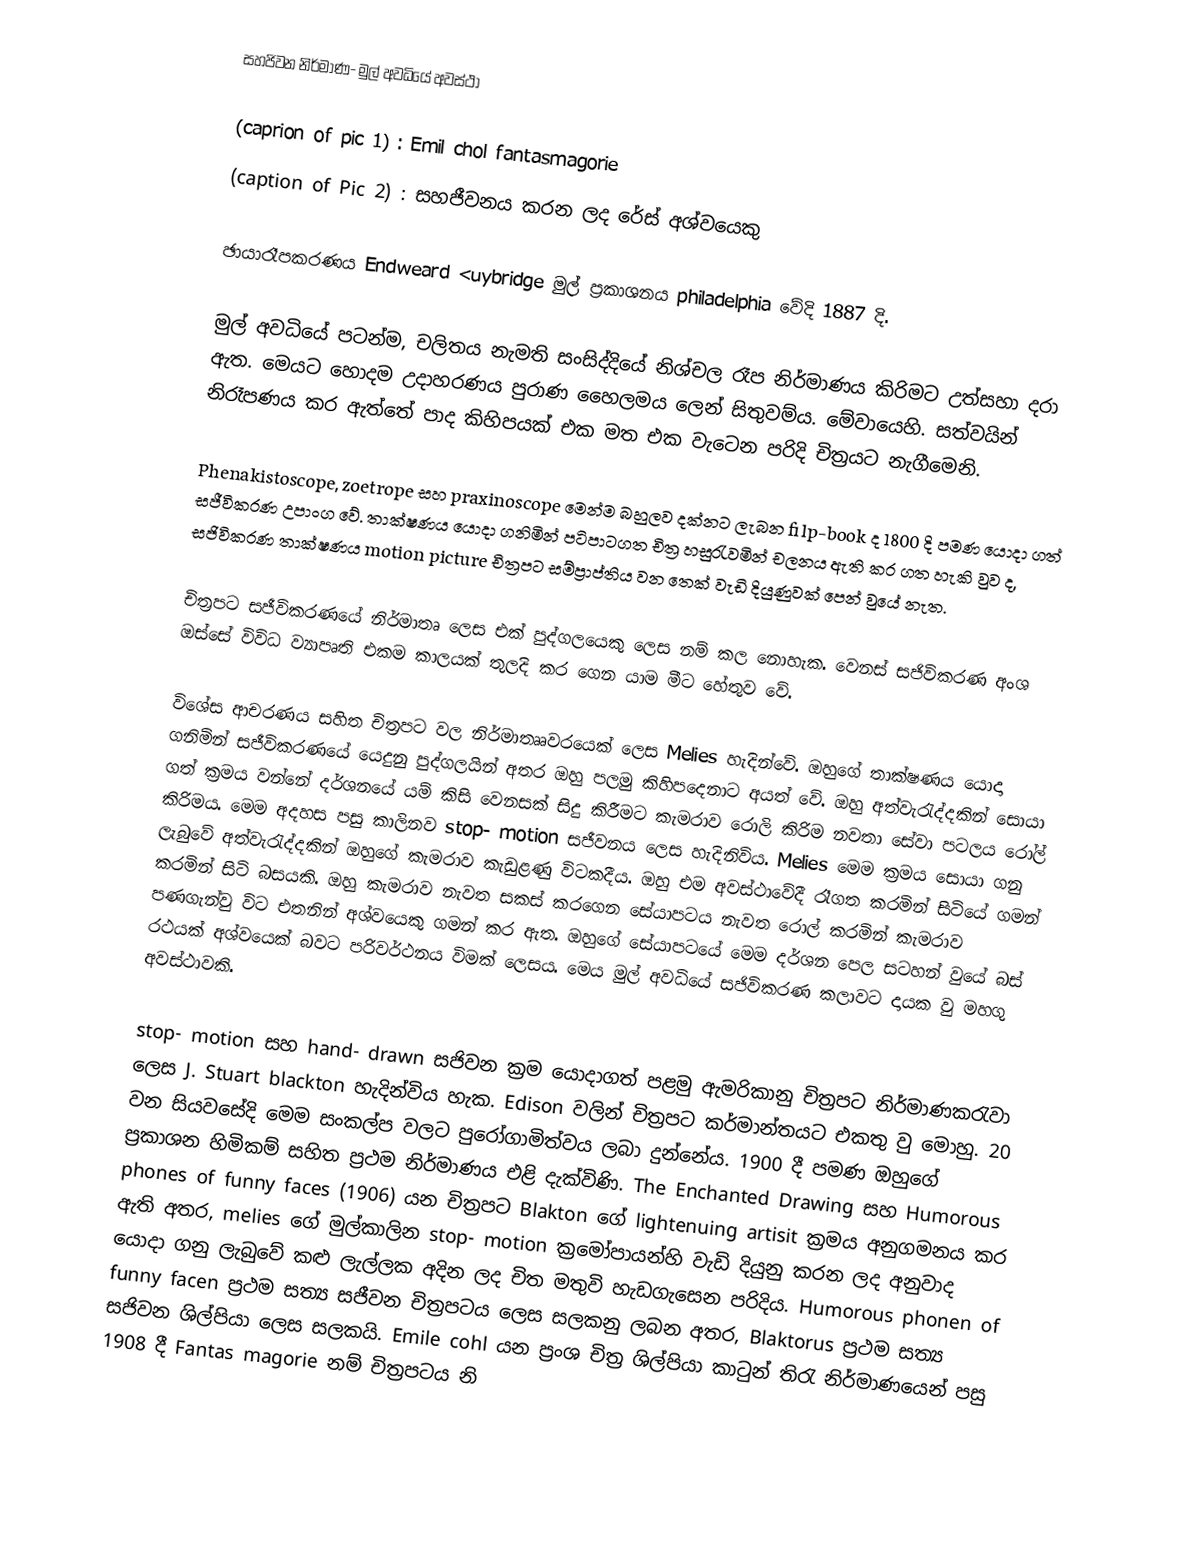
සහජිවන නිර්මාණ- මුල් අවධියේ අවස්ථා

(caprion of pic 1) : Emil chol fantasmagorie
(caption of Pic 2) : සහජීවනය කරන ලද රේස් අශ්වයෙකු

	ඡායාරෑපකරණය Endweard <uybridge  මුල් ප්‍රකාශනය  philadelphia  වේදි 1887 දි.

	මුල් අවධියේ පටන්ම, චලිතය නැමති සංසිද්දියේ නිශ්චල රෑප නිර්මාණය කිරිමට උත්සහා දරා ඇත. මෙයට හොදම උදාහරණය පුරාණ හෛලමය ලෙන් සිතුවම්ය. මේවායෙහි. සත්වයින් නිරෑපණය කර ඇත්තේ පාද කිහිපයක් එක මත එක වැටෙන පරිදි චිත්‍රයට නැගීමෙනි.

Phenakistoscope, zoetrope  සහ praxinoscope මෙන්ම බහුලව දක්නට ලැබන  filp-book  ද 1800 දි පමණ යොදා ගත් සජීවිකරණ උපාංග වේ. තාක්ෂණය යොදා ගනිමින් පටිපාටගත චිත්‍ර හසුරැවමින් චලනය ඇති කර ගත හැකි වුව ද, සජිවිකරණ තාක්ෂණය motion picture චිත්‍රපට සම්ප්‍රාප්තිය වන තෙක් වැඩි දියුණුවක් පෙන් වුයේ නැත.

චිත්‍රපට සජීවිකරණයේ නිර්මාතෘ ලෙස එක් පුද්ගලයෙකු ලෙස නම් කල නොහැක. වෙනස් සජිවිකරණ අංශ ඔස්සේ විවිධ ව්‍යාපෘති එකම කාලයක් තුලදි කර ගෙන යාම මීට හේතුව වේ.

විශේස ආචරණය සහිත චිත්‍රපට වල නිර්මාතෲවරයෙක් ලෙස Melies  හැදින්වේ. ඔහුගේ තාක්ෂණය යොදා ගනිමින් සජීවිකරණයේ යෙදුනු පුද්ගලයින් අතර ඔහු පලමු කිහිපදෙනාට අයත් වේ. ඔහු අත්වැරැද්දකින් සොයා ගත් ක්‍රමය වන්නේ දර්ශනයේ යම් කිසි වෙනසක් සිදු කිරීමට කැමරාව රොලි කිරිම නවතා සේවා පටලය රෝල් කිරිමය. මෙම අදහස පසු කාලිනව  stop- motion සජීවනය ලෙස හැදිනිවිය.  Melies මෙම ක්‍රමය සොයා ගනු ලැබුවේ අත්වැරැද්දකින් ඔහුගේ කැමරාව කැඩුළණු විටකදීය. ඔහු එම අවස්ථාවේදී රෑගත කරමින් සිටියේ ගමන් කරමින් සිටි බසයකි. ඔහු කැමරාව නැවත සකස් කරගෙන  සේයාපටය නැවත රොල් කරමින් කැමරාව පණගැන්වු විට එතනින් අශ්වයෙකු ගමන් කර ඇත. ඔහුගේ සේයාපටයේ මෙම දර්ශන පෙල සටහන් වුයේ බස් රථයක් අශ්වයෙක් බවට පරිවර්ථනය විමක් ලෙසය. මෙය මුල් අවධියේ සජිවිකරණ කලාවට දායක වු මහගු අවස්ථාවකි.

stop- motion සහ  hand- drawn  සජිවන ක්‍රම යොදාගත් පළමු ඇමරිකානු චිත්‍රපට නිර්මාණකරැවා ලෙස  J. Stuart blackton හැදින්විය හැක.  Edison වලින් චිත්‍රපට කර්මාන්තයට එකතු වු මොහු. 20 වන සියවසේදි මෙම සංකල්ප වලට පුරෝගාමිත්වය ලබා දුන්නේය. 1900 දී පමණ ඔහුගේ ප්‍රකාශන හිමිකම් සහිත ප්‍රථම නිර්මාණය එළි දැක්විණි. The Enchanted Drawing සහ  Humorous phones of funny faces (1906)  යන චිත්‍රපට   Blakton ගේ   lightenuing artisit  ක්‍රමය අනුගමනය කර ඇති අතර, melies ගේ මුල්කා‍ලින  stop- motion ක්‍රමෝපායන්හි වැඩි දියුනු කරන ලද අනුවාද යොදා ගනු ලැබුවේ කළු ලැල්ලක අදින ලද චිත	 මතුවි හැඩගැසෙන පරිදිය.   Humorous phonen of funny facen  ප්‍රථම සත්‍ය සජීවන චිත්‍රපටය ලෙස සලකනු ලබන අතර, Blaktorus ප්‍රථම සත්‍ය සජිවන ශිල්පියා ලෙස සලකයි.  Emile cohl  යන ප්‍රංශ චිත්‍ර ශිල්පියා කාටුන් තිරැ නිර්මාණයෙන් පසු 1908 දී Fantas magorie නම් චිත්‍රපටය නි